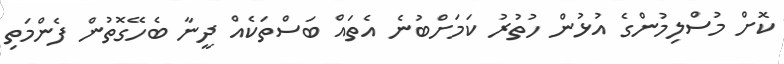
ކޮށް މުސްލިމުންގެ އުޅުން ހުތުރު ކަމަށްބުނެ އެތައް ބަސްތަކެއް ދީނާ ބެހޭގޮތުން ފެންމަތި